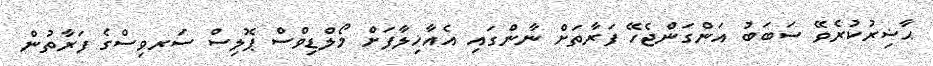
ޙާޟިރުކުރެވޭ ސަބަބު އަންގަންޖެހޭ ފަރާތަށް ނާންގައި އެއާޚިލާފަށް މޯލްޑިވްސް ޕޮލިސް ސަރވިސްގެ ފަރާތުން